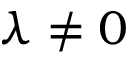
\lambda \neq 0